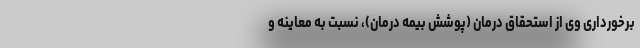
برخورداری وی از استحقاق درمان (پوشش بیمه درمان)، نسبت به معاینه و